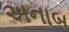
અનાબ